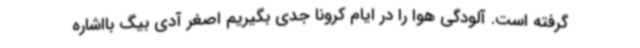
گرفته است. آلودگی هوا را در ایام کرونا جدی بگیریم اصغر آدی بیگ بااشاره